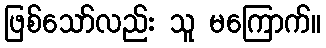
ဖြစ်သော်လည်း သူ မကြောက်။